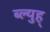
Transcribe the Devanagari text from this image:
ब्ल्युह्